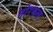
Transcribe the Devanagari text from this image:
मोरकल